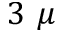
3 ~ \mu